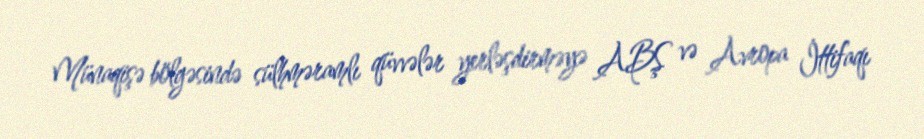
Münaqişə bölgəsində sülhməramlı qüvvələr yerləşdirməyə ABŞ və Avropa İttifaqı